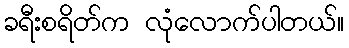
ခရီးစရိတ်က လုံလောက်ပါတယ်။